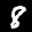
Label: 8